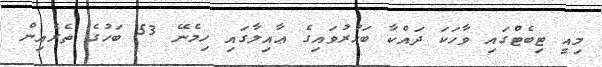
މިއީ ޓިބެޓްގައި ވާހަކަ ދައްކާ ބަހުރުވައިގެ ޢާއިލާގައި ހިމެނޭ 53 ބަހުގެ ތެރެއިން